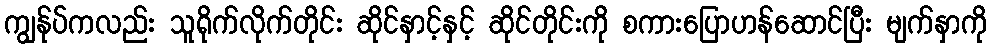
ကျွန်ုပ်ကလည်း သူရိုက်လိုက်တိုင်း ဆိုင်နှာင့်နှင့် ဆိုင်တိုင်းကို စကားပြောဟန်ဆောင်ပြီး မျက်နှာကို